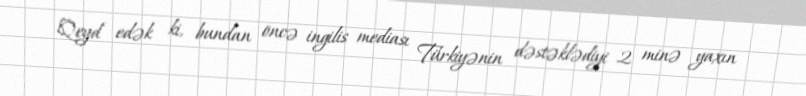
Qeyd edək ki, bundan öncə ingilis mediası Türkiyənin dəstəklədiyi 2 minə yaxın